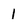
Character: 1